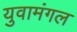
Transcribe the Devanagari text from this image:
युवामंगल